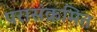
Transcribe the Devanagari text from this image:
परासंक्रमित